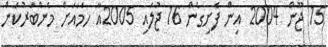
15 ޖޫން 2004 އިން ފެށިގެން 16 ޖުލައި 2005އާ ހަމައަށް މެންބަރުކަން